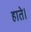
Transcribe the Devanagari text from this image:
हाते।